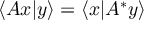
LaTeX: \langle A x | y \rangle = \left\langle x | A ^ { * } y \right\rangle